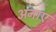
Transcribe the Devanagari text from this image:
अनाए